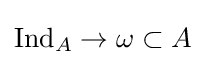
\mathrm {Ind} _{A}\to \omega \subset A